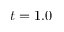
t = 1 . 0